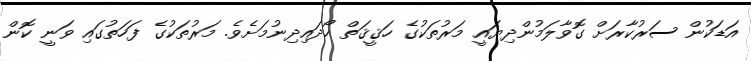
އަޑަކުން ސަރުކާރަށް ގޮވާލަމުންދިޔައީ މަރުތަކުގެ ހަޤީޤަތް ހޯދައިދިނުމަށެވެ. މަރުތަކުގެ ފަހަތުގައި ވަނީ ކޮން